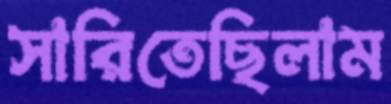
সারিতেছিলাম